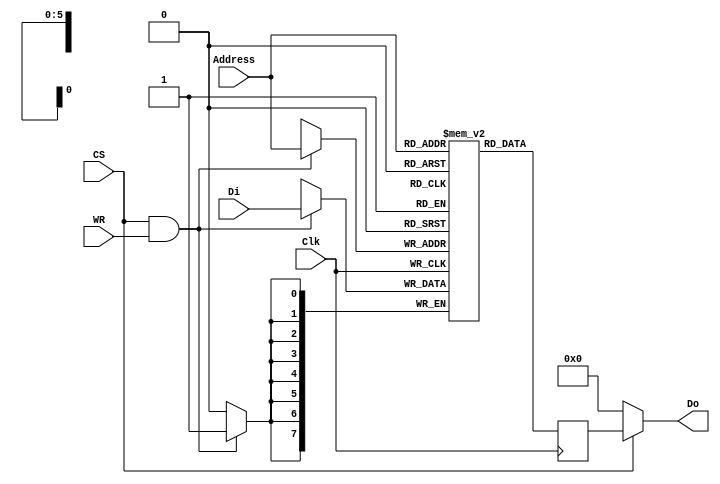
module SmallRam(Address,WR,Clk,CS,Di,Do);

input [5:0]Address;
input WR;
input Clk;
input CS;
input [7:0] Di;

output [7:0] Do;

reg [7:0] mem_array[63:0];
reg [7:0] mem_out;


always @(posedge Clk) begin
	if(CS && WR) begin
	 mem_array[Address] <= Di;
	end
end

always @(posedge Clk) begin
		mem_out <= mem_array[Address];
end

assign Do = CS ? mem_out : 8'b0;

endmodule